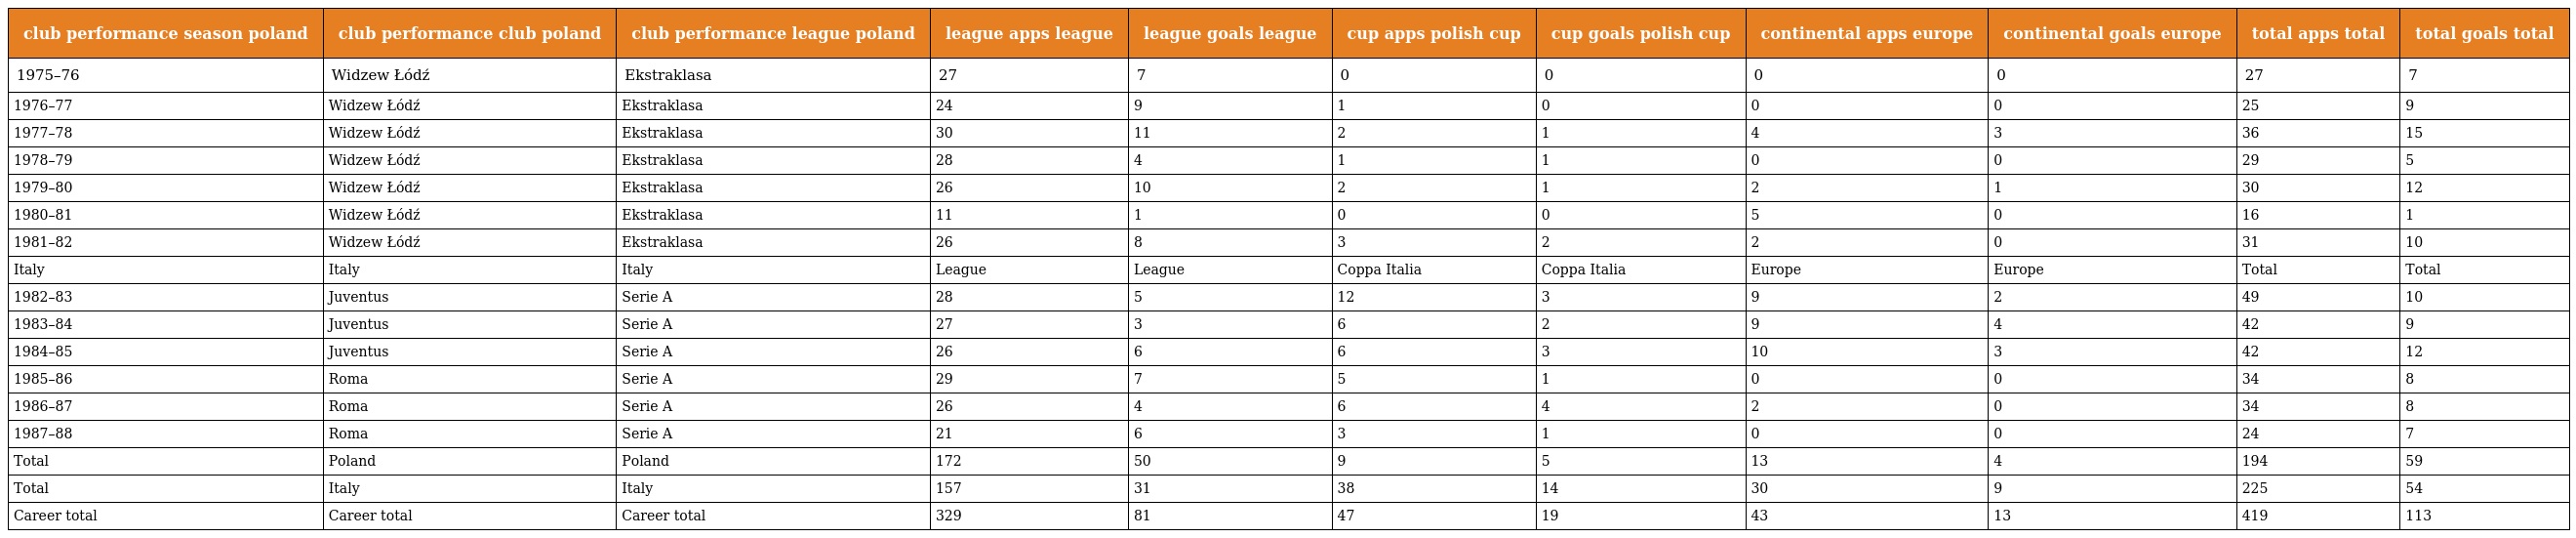
| club performance season poland | club performance club poland | club performance league poland | league apps league | league goals league | cup apps polish cup | cup goals polish cup | continental apps europe | continental goals europe | total apps total | total goals total |
 | --- | --- | --- | --- | --- | --- | --- | --- | --- | --- | --- |
 | 1975–76 | Widzew Łódź | Ekstraklasa | 27 | 7 | 0 | 0 | 0 | 0 | 27 | 7 |
 | 1976–77 | Widzew Łódź | Ekstraklasa | 24 | 9 | 1 | 0 | 0 | 0 | 25 | 9 |
 | 1977–78 | Widzew Łódź | Ekstraklasa | 30 | 11 | 2 | 1 | 4 | 3 | 36 | 15 |
 | 1978–79 | Widzew Łódź | Ekstraklasa | 28 | 4 | 1 | 1 | 0 | 0 | 29 | 5 |
 | 1979–80 | Widzew Łódź | Ekstraklasa | 26 | 10 | 2 | 1 | 2 | 1 | 30 | 12 |
 | 1980–81 | Widzew Łódź | Ekstraklasa | 11 | 1 | 0 | 0 | 5 | 0 | 16 | 1 |
 | 1981–82 | Widzew Łódź | Ekstraklasa | 26 | 8 | 3 | 2 | 2 | 0 | 31 | 10 |
 | Italy | Italy | Italy | League | League | Coppa Italia | Coppa Italia | Europe | Europe | Total | Total |
 | 1982–83 | Juventus | Serie A | 28 | 5 | 12 | 3 | 9 | 2 | 49 | 10 |
 | 1983–84 | Juventus | Serie A | 27 | 3 | 6 | 2 | 9 | 4 | 42 | 9 |
 | 1984–85 | Juventus | Serie A | 26 | 6 | 6 | 3 | 10 | 3 | 42 | 12 |
 | 1985–86 | Roma | Serie A | 29 | 7 | 5 | 1 | 0 | 0 | 34 | 8 |
 | 1986–87 | Roma | Serie A | 26 | 4 | 6 | 4 | 2 | 0 | 34 | 8 |
 | 1987–88 | Roma | Serie A | 21 | 6 | 3 | 1 | 0 | 0 | 24 | 7 |
 | Total | Poland | Poland | 172 | 50 | 9 | 5 | 13 | 4 | 194 | 59 |
 | Total | Italy | Italy | 157 | 31 | 38 | 14 | 30 | 9 | 225 | 54 |
 | Career total | Career total | Career total | 329 | 81 | 47 | 19 | 43 | 13 | 419 | 113 |